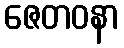
ဇေတဝနာ